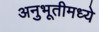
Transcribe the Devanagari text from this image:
अनुभूतीमध्ये